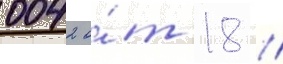
0042 о́т 18 //